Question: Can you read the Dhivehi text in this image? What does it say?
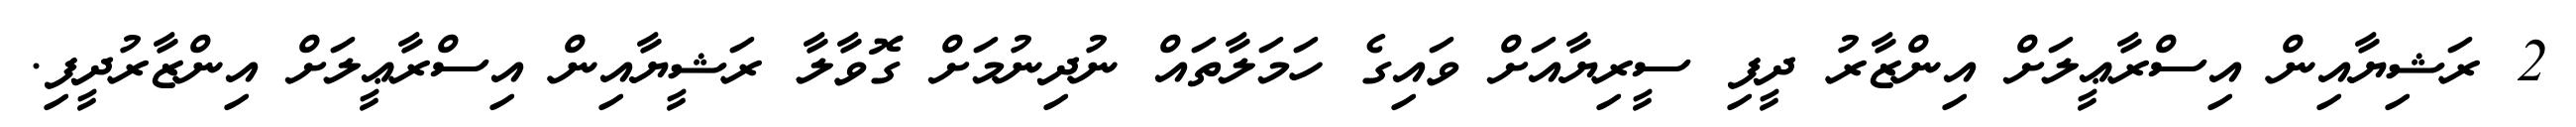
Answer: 2 ރަޝިޔާއިން އިސްރާޢީލަށް އިންޒާރު ދީފި ސީރިޔާއަށް ވައިގެ ހަމަލާތައް ނުދިނުމަށް ގޮވާލާ ރަޝީޔާއިން އިސްރާޢީލަށް އިންޒާރުދީފި.